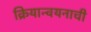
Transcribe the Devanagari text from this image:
क्रियान्वयनाची